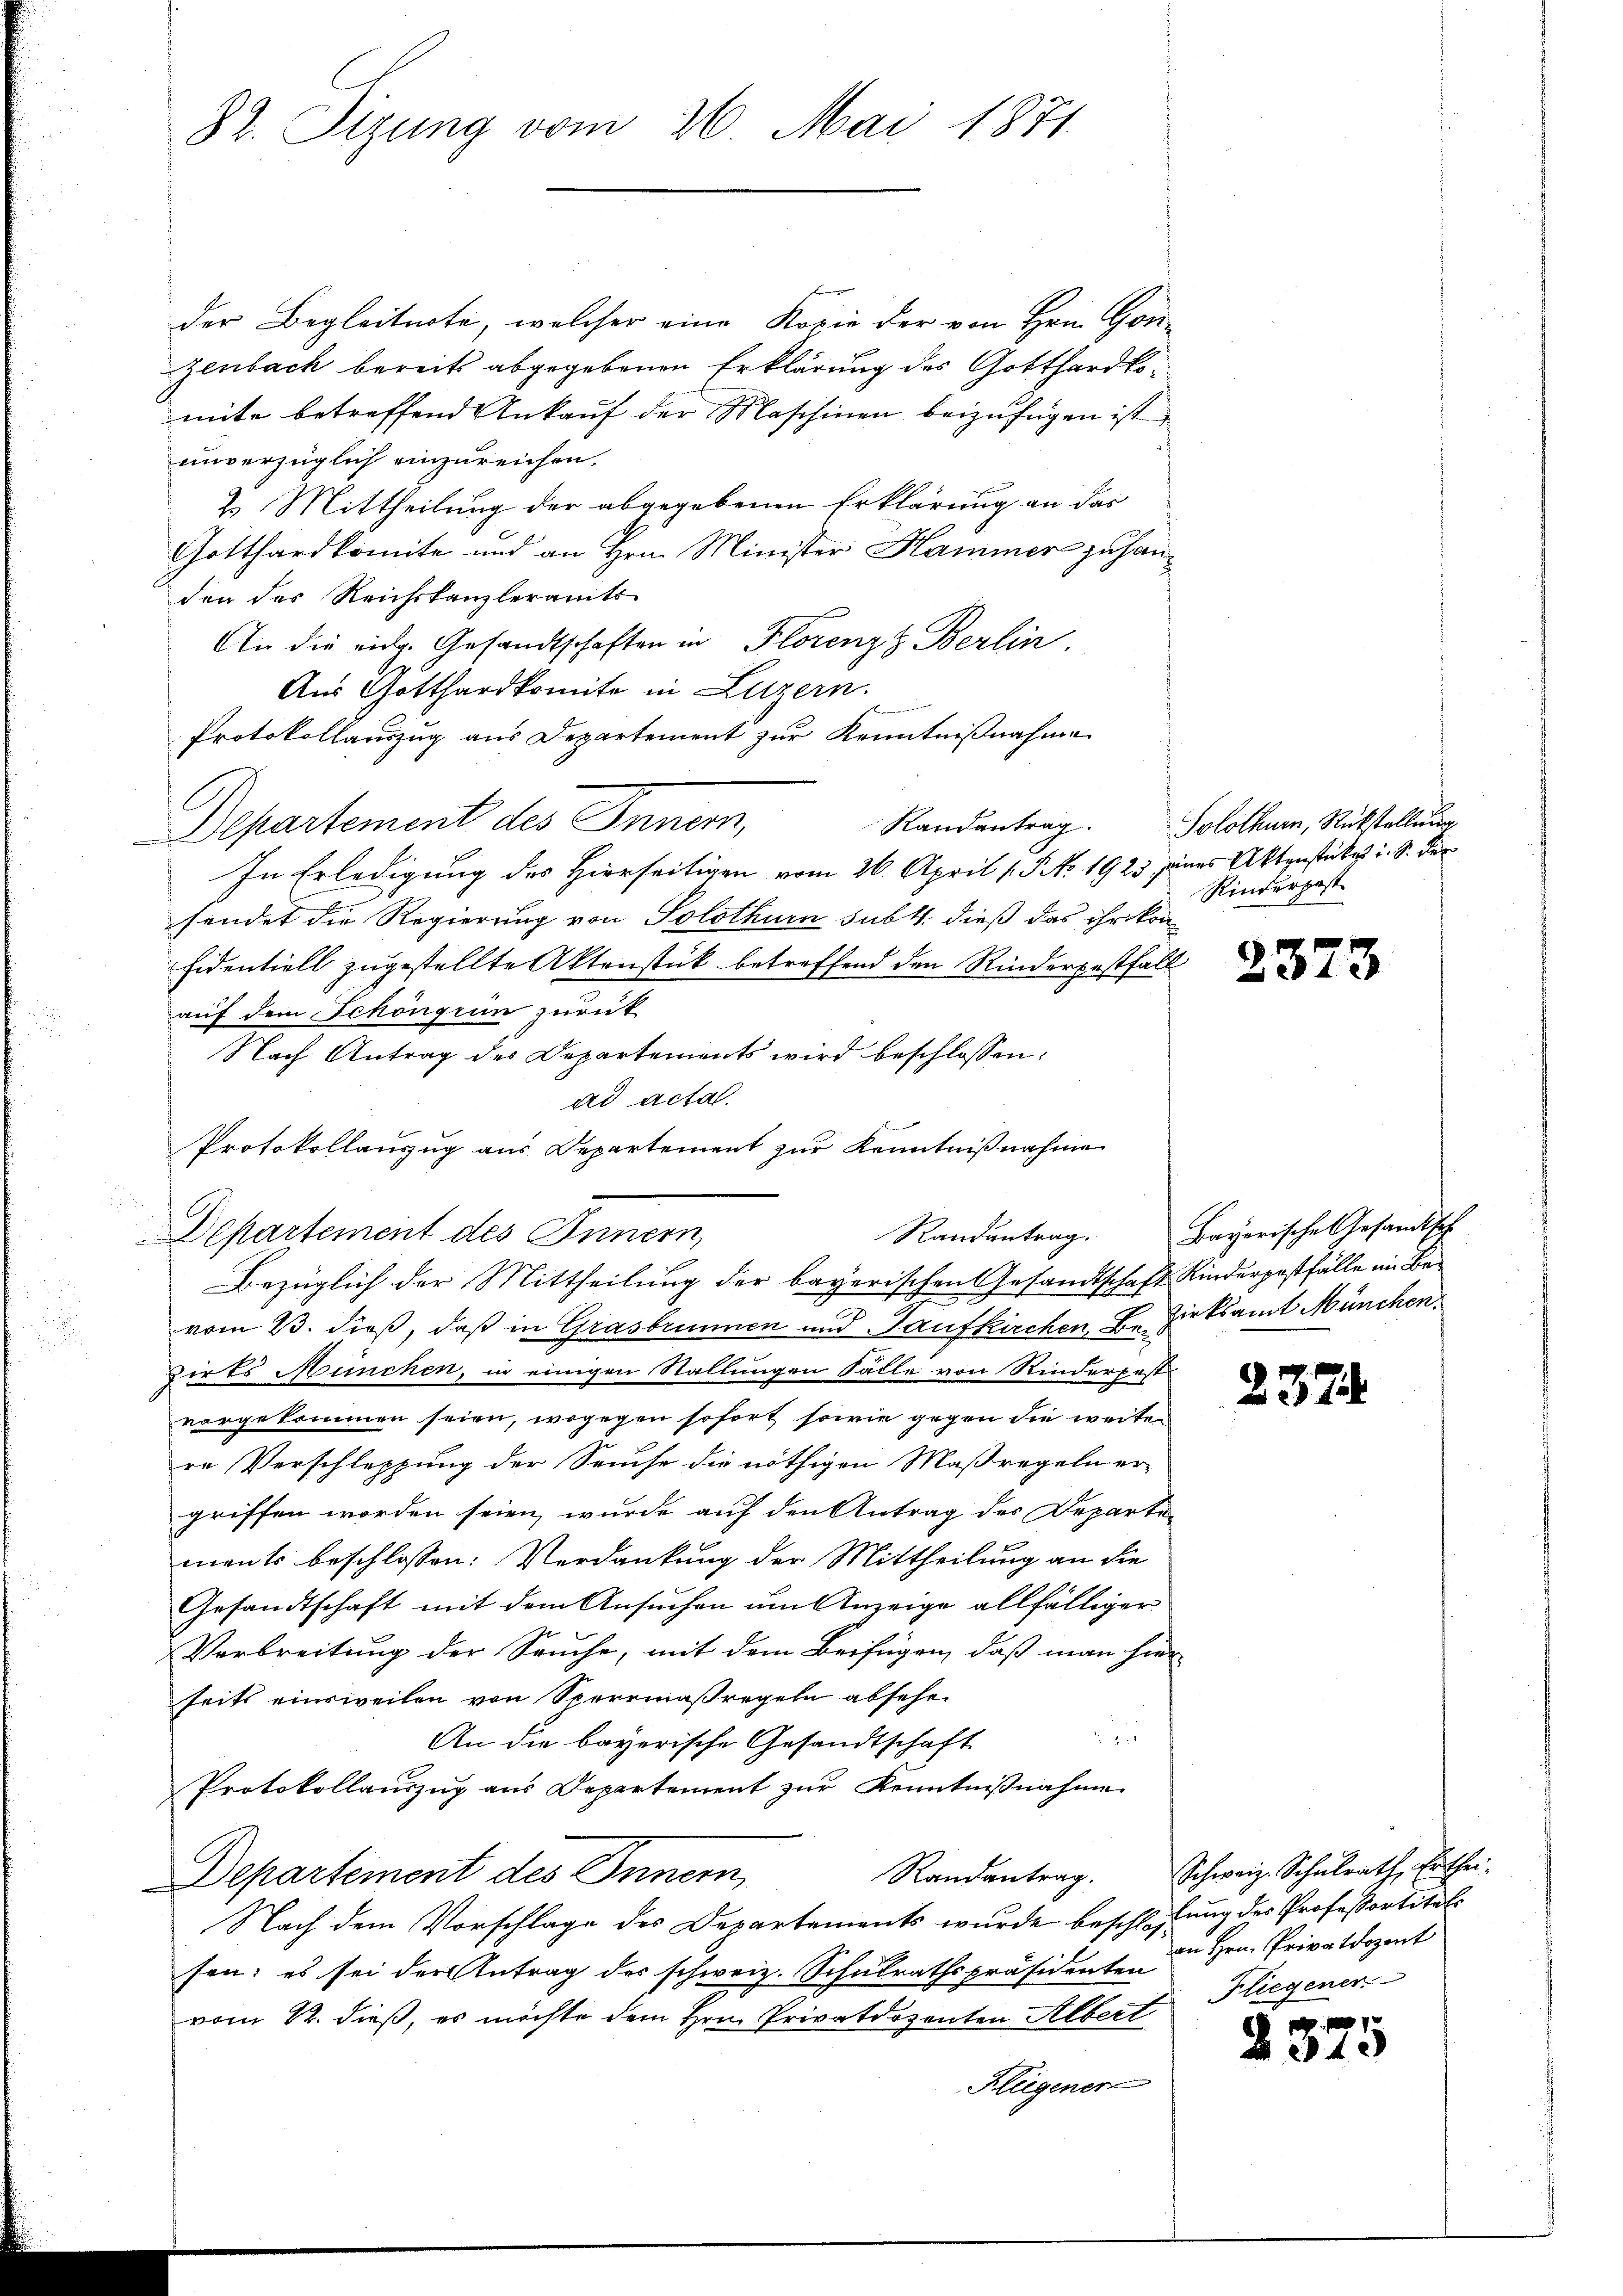
82. Sizung vom 26. Mai 1871.

der Begleitnote, welcher eine Kopie der von Hrn. Gon
Zeubach bereits abgegebenen Erklärung des Gotthardkomite betreffend Ankauf der Maschinen beizufügen ist.
unverzüglich einzureichen.
2. Mittheilung der abgegebenen Erklärung an das
Gotthardkomite und an Hrn. Minister Hammer zu handen das Reichskanzleramts-
An die eidg. Gesandtschaften in Florenz Berlin
Aus Gotthardkomite in Luzern.
Protokollauszug aus Departement zur Kenntnißnahme
Departement des Innern,
Randantrag
In Erledigung des Hierseitigen vom 26. April [P No 1923 jenes Aktenstückes i. S. der
sendet die Regierung von Solothurn sub 14. dieß das ihr kon¬
Fidentiell zugestellte Aktenstück betreffend den Rinderpestfall
auf dem Schöngiun zurück
Nach Antrag des Departements wird beschlossen:
ad acta.
Protokollauszug aus Departement zur Kenntnißnahme
Departement des Innern,
Bezüglich der Mittheilung der bayerischen Gesandtschaft Kinderpestfälle im Bevom 23. dieß, daß in Grasbrunnen und Taufkirchen Bezirksamt München,
zirks München, in einigen Stallungen Fälle von Rinderpest
vorgekommen seien, wogegen sofort sowie gegen die weiter
re Verschleppung der Seuche die nöthigen Maßregeln ergriffen worden seien, wurde auf den Antrag des Departe
ments beschlossen: Verdankung der Mittheilung an die
Gesandtschaft mit dem Ansuchen um Anzeige allfälliger
Verbreitung der Seuche, mit dem Beifügen, daß man hier
seits einsweilen von Sperrmaßregeln absehe
a
An die bayorische Gesandtschaft
Protokollauszug aus Departement zur Kenntnißnahme
Departement des Innern,
Nach dem Vorschlage des Departements wurde beschlossung der Professortitels
sen; es sei der Antrag des schweiz. Schulrathspräsidenten
vom 12. dieß, es möchte dem Hrn. Privatdozenten Albert
Hlügenen

Solothurn, Rückstellung
Rinderpost

2373

Randantrag. Bayerische Gesandtsch

2374

Randantrag. Schweiz. Schulrath Erthei-
an Hrn. Privatdozent
Fliegener

2310